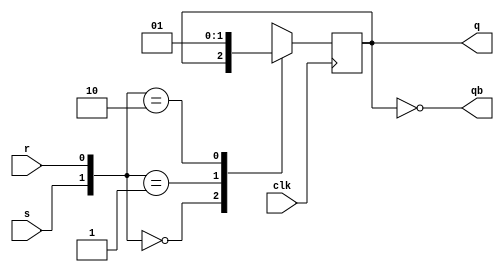
module sr_ff(input clk,
             input s,
             input r,
             output reg q,
             output qb);
        
        assign qb = ~q;
        
        always @(posedge clk) begin
            case({s, r})
                2'b00 : q <= q;
                2'b01 : q <= 2'b0;
                2'b10 : q <= 2'b01;
                2'b11 : q <= 1'bX;                            
            endcase
         end
         
endmodule